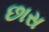
છાસ